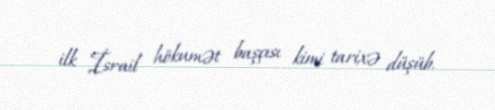
ilk İsrail hökumət başçısı kimi tarixə düşüb.